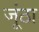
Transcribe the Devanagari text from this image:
जूंठा